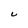
Character: u